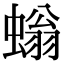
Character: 螉